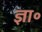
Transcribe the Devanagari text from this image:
ज्ञा॰